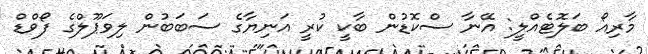
މާރިއޯ ބަލޮޓެއްލީ: އޭނާ ސްކޮޑުން ބާކީ ކުރީ އަނިޔާގެ ސަބަބުން ލިވަޕޫލްގެ ފޯވްޑް